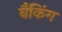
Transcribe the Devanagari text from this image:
बैँकिंग